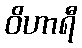
ဝိဟာရီ